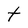
Character: t